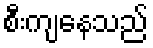
စီးကျနေသည်